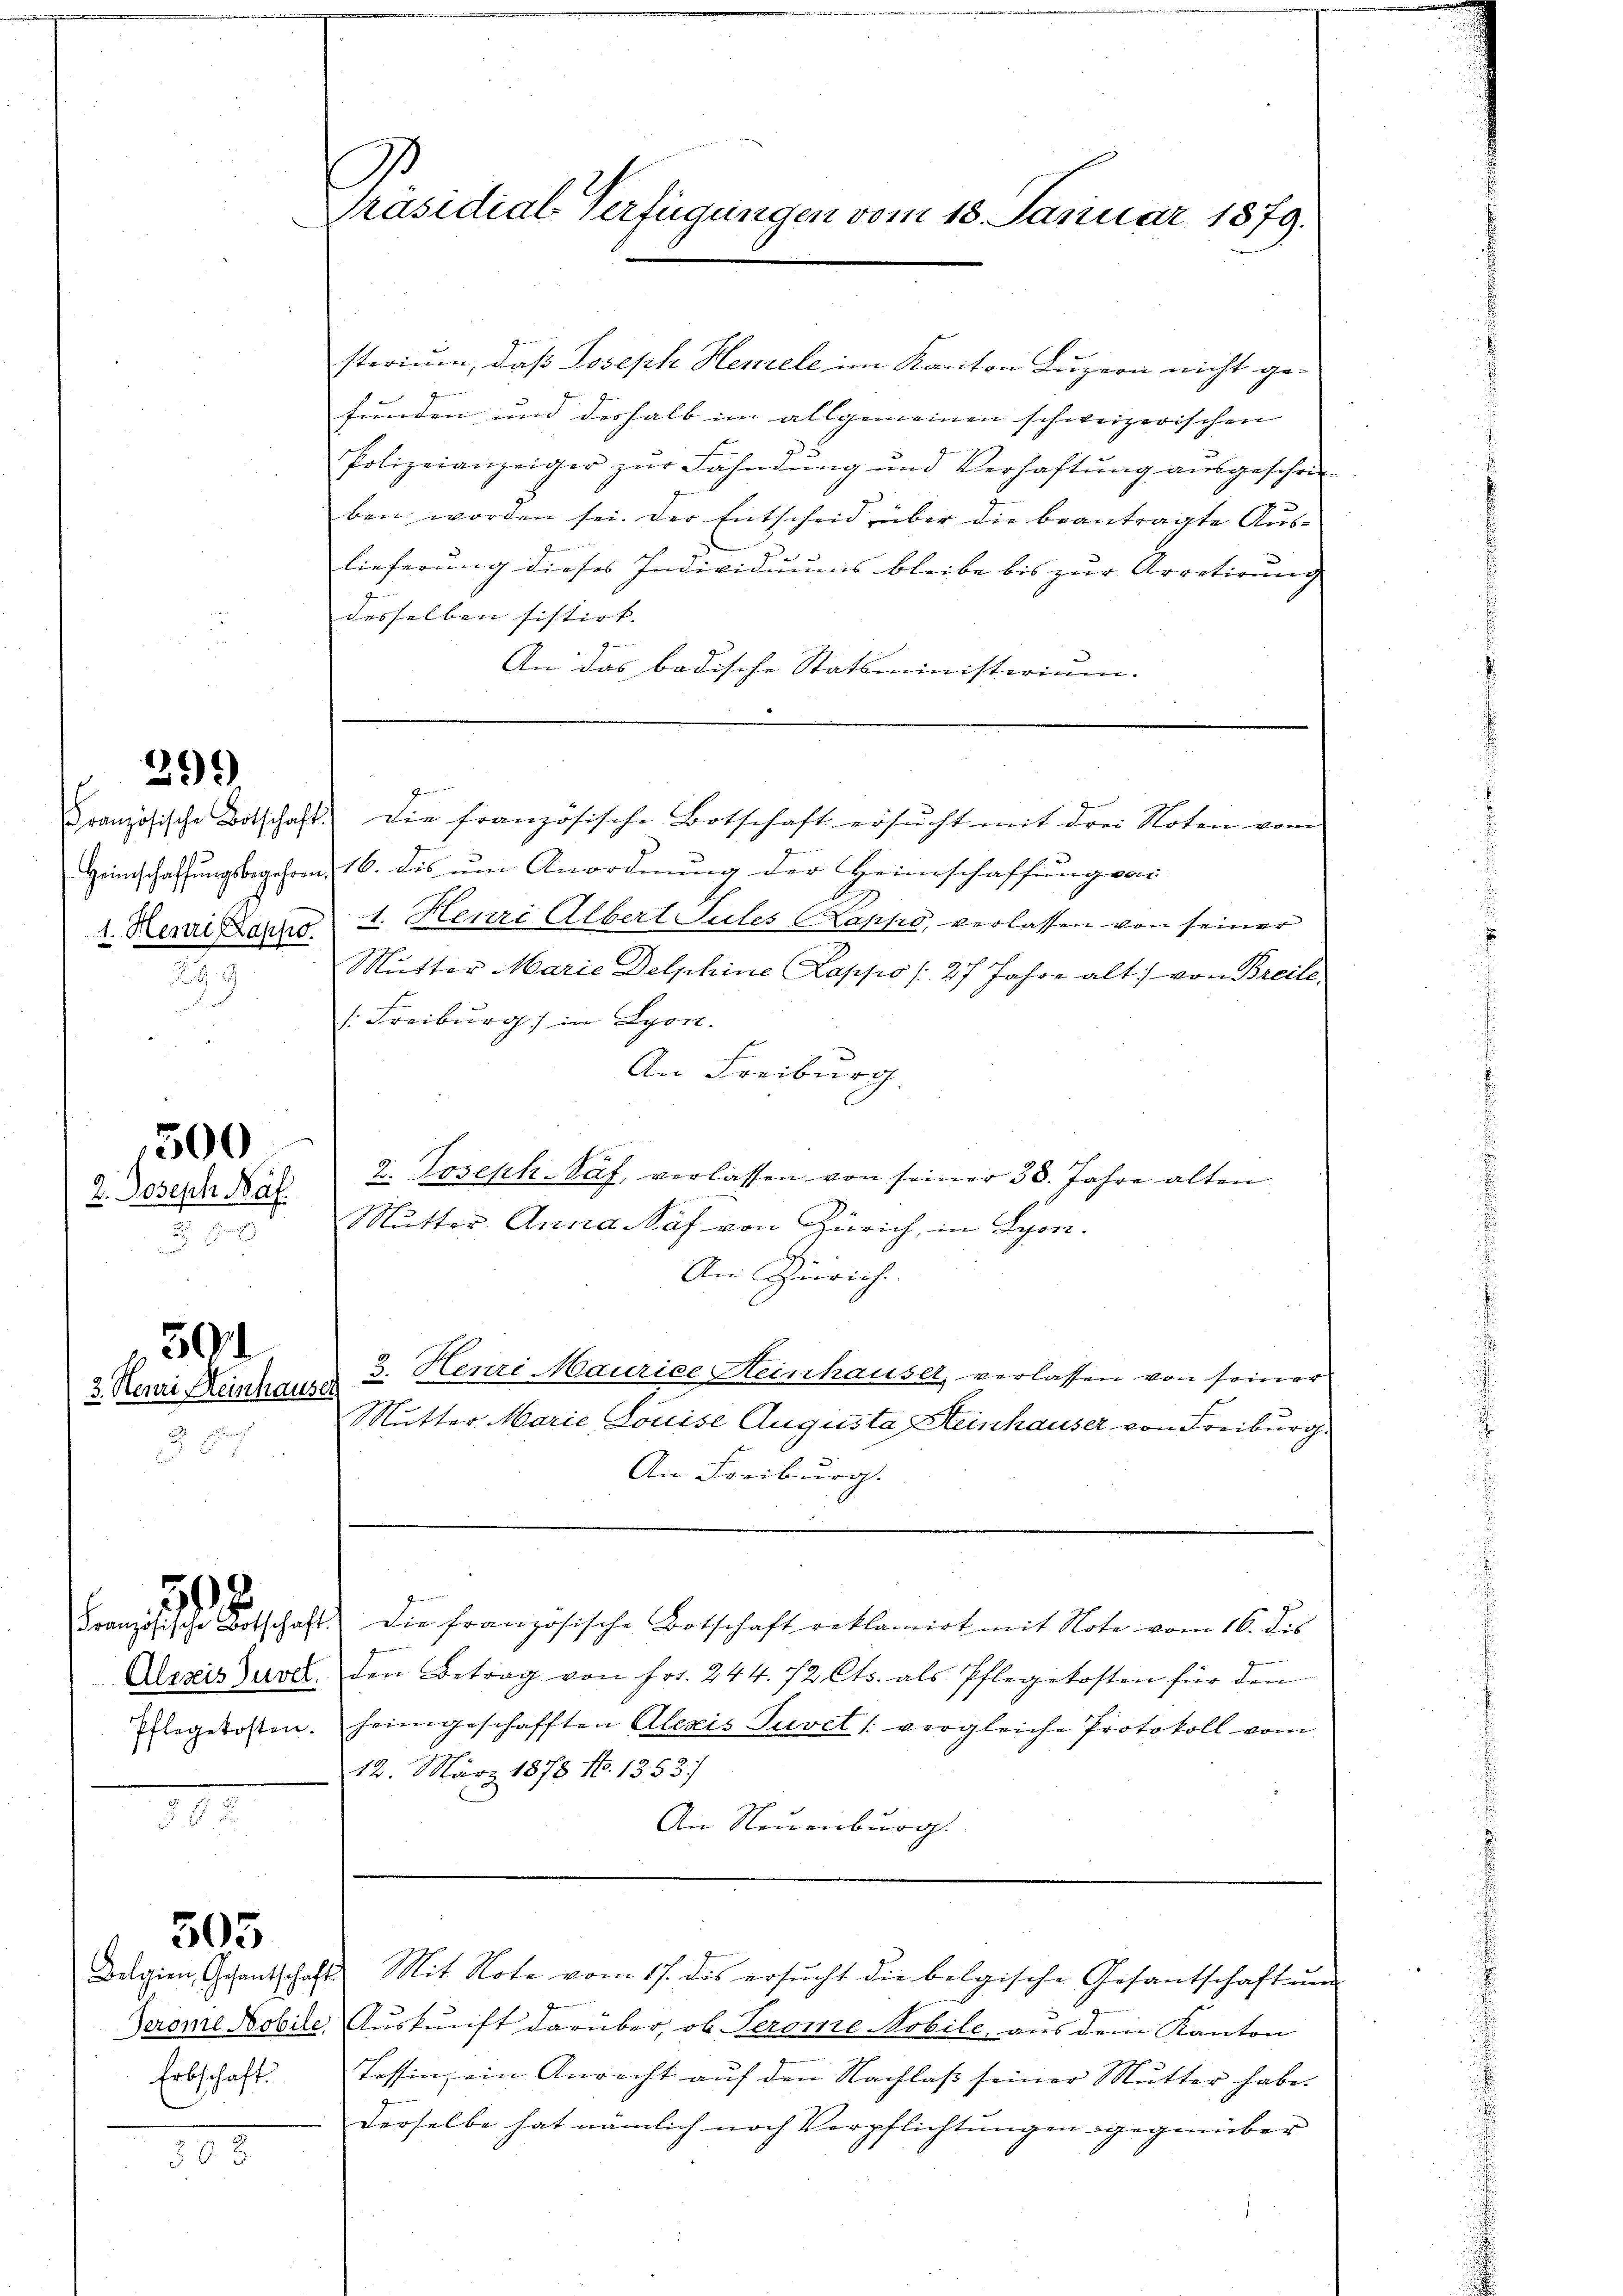
299

299

2. Joseph Paf.
x

1500

3. Heuri Reinhauser

 87

50

505

508.

Präsidial-Verfügungen vom 18. Januar 1879.

sterium, daß Joseph Henele im Kanton Luzern nicht ge-
funden und deshalb im allgemeinen schweizerischen
Polizeianzeiger zŭr Fahndung und Verhaftung aŭsgeschei-
ben worden sei. Der Entscheid über die beantragte Auslieferung dieses Individuums bleibe bis zur Arretirung
desselben sistirt. |
An das badische Statsministerium.

1
Heimschaffŭngsbegehren 16. dis ŭm Anordnŭng der Heimschaffŭng von
1. Reni danno 1. Henri Albert Sules Kappe, verlassen von seiner
Mutter Marie Delphine Lappo / 27 Jahre alt von Breite
/. Freiburg in Lyon.
An Freiburg.
Fr
u. Joseph-Saf, verlassen von seiner 38. Jahre alten
Mutter Anna Saf von Zürich, in Lyon.
An Zürich.
2. Heuri Maurice Heinhauser, verlassen von seiner
Mutter Marie Louise Augusta Heinhauser von Freiburg.
An Freiburg.
Französischen erschaft die Französische Botschaft reklamirt mit Note vom 16. des
Acseis jure, den Betrag von Fr. 244. 72 Cts. als Pflegekosten für den
flegekosten. Heimgeschafften Alexis Tuvet /: vergleiche Protokoll vom
12. März 1878 No. 1353)
An Neuenburg.

Phienen un
Französische Botschaft die französische Botschaft ersŭcht mit drei Noten vom

Belgien, Gesantschaf
Erbschaft.

2 Mit Note vom 17. des ersŭcht die belgische Gesantschaft ŭm
Seronie Mobile, Auskunft darüber, ob Perome Mobile, aus dem Kanton
Tessin, ein Anrecht aŭf den Nachlaβ seiner Mutter habe.
derselbe hat nämlich noch Verpflichtungen gegenüber